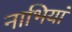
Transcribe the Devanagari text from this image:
नाभियां